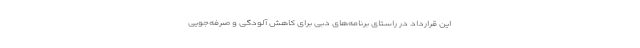
این قرارداد در راستای برنامه‌های دبی برای کاهش آلودگی و صرفه‌جویی